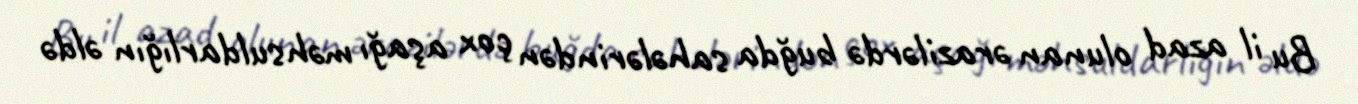
Bu il azad olunan ərazilərdə buğda sahələrindən çox aşağı məhsuldarlığın əldə